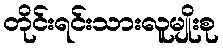
တိုင်းရင်းသားလူမျိုးစု